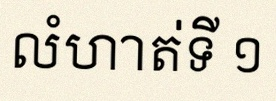
លំហាត់ទី ១